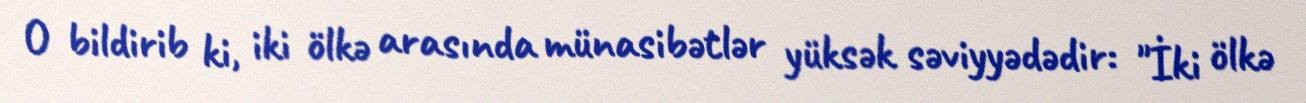
O bildirib ki, iki ölkə arasında münasibətlər yüksək səviyyədədir: "İki ölkə